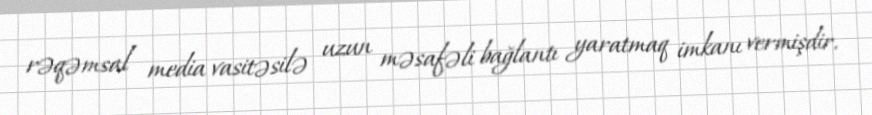
rəqəmsal media vasitəsilə uzun məsafəli bağlantı yaratmaq imkanı vermişdir.